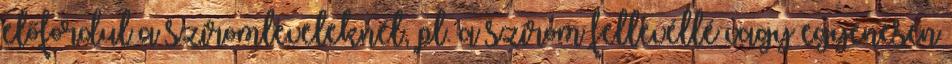
előfordul a sziromleveleknél, pl. a szirom fellevéllé vagy egyenesen